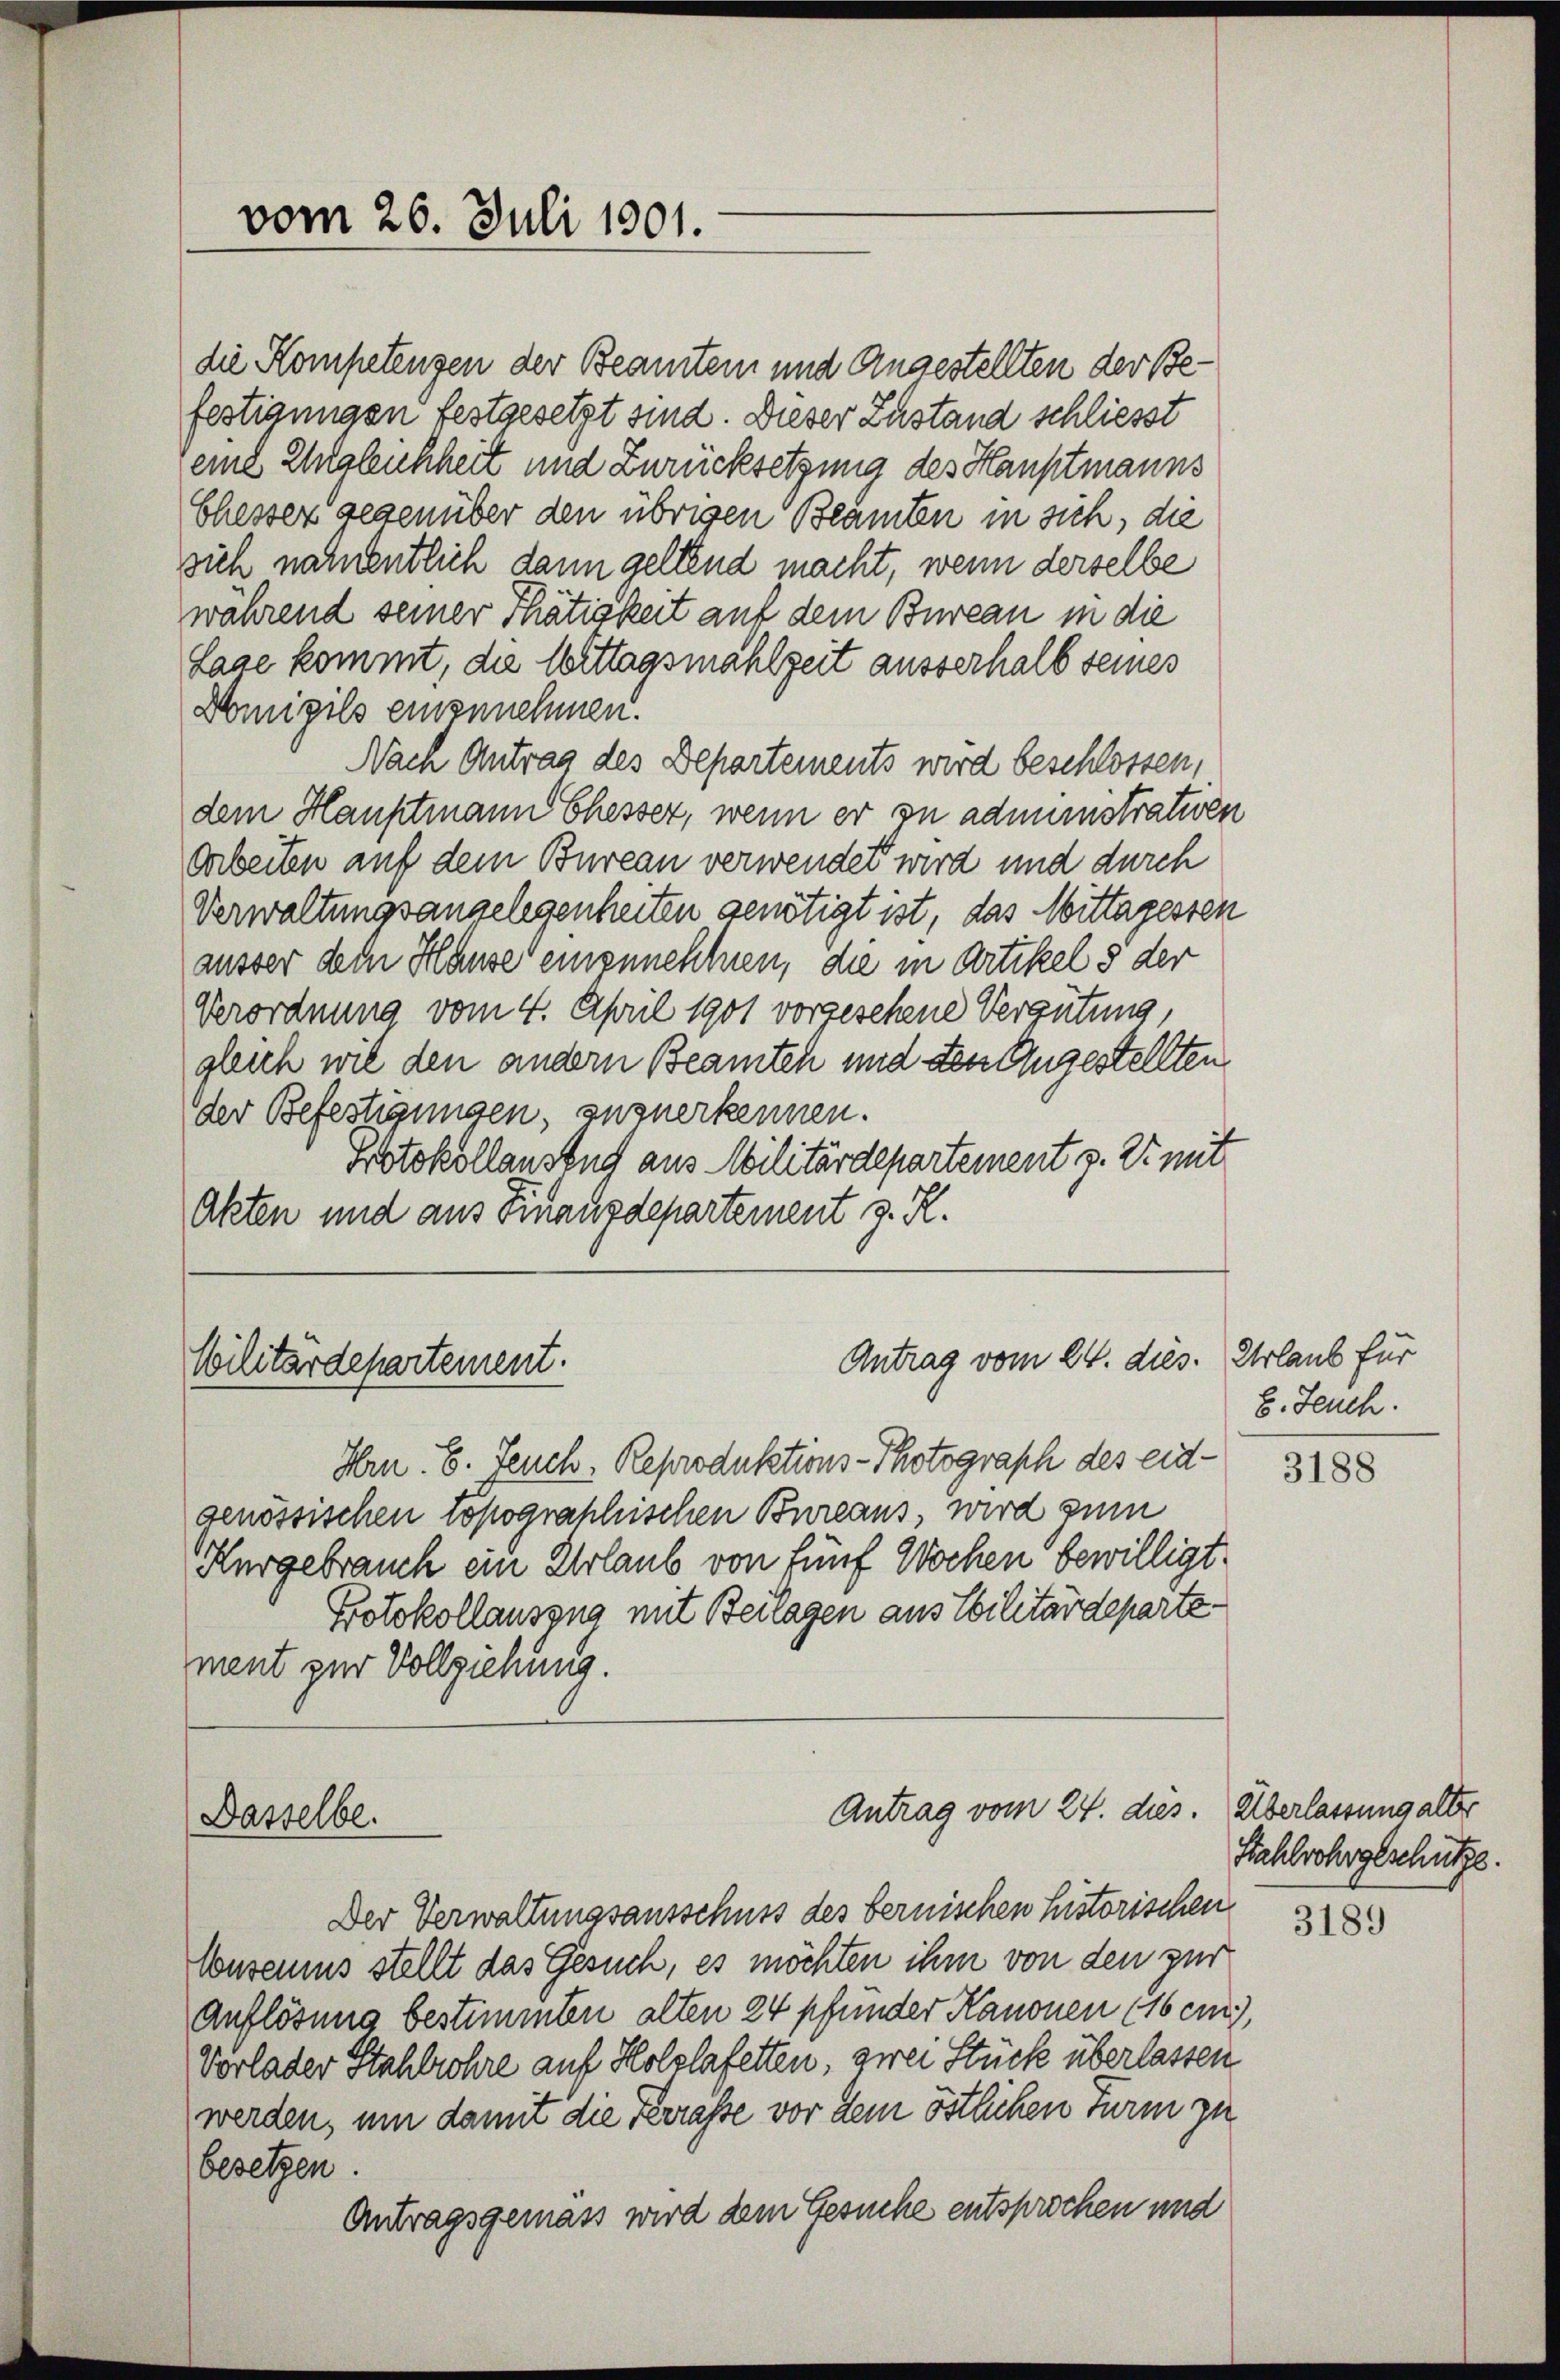
vom 26. Juli 1901.

die Kompetenzen der Beamtein und Angestellten der Befestiannasn festgesetzt sind. Dieser Zustand schliesst
seine Zugleichheit und Zurücksetzung des Hauptmanns
Chesser gegenüber den übrigen Beamten in sich, die
sich nahentlich dann geltend macht, wenn derselbe
während seiner Thätigkeit auf dem Bureau in die
Lage kommt, die Wittagsmahlzeit ausserhalb seines
Domizils einzunehmen.
Nach Antrag des Departements wird beschlossen,
dem Hauptmann Chesser, wenn er zu administrativen
Aarbeiten auf dem Bureau verwendet wird und durch
Verwaltungsangelegenheiten genötigt ist, das Mittagessen
ausser dem Hause einzunehlnen, die in Artikel 5 der
Verordnung vom 4. April 1901 vorgesehene Vergütung,
gleich wil den andern Beamten und den Augestellten
der Befestigungen, zuzuerkennen.
Protokollauszug aus Militärdepartement z. Er mit
Akten und aus Finanzdepartement z. R.

Militärdepartement.

Hrn. 6. Feuch, Reproduktions-Photograph des eidgenössischen topographischen Bureaus wird zum
Kurgebrauch ein Urlaub von fünf Wochen bewilligt.
Protokollauszug mit Beilagen aus Ebilitärdeparte.
ment zur Vollziehung.

Dasselbe.

Antrag vom 24. dies. Urlaub für

besetzen.

Der Verwaltungsausschuss des bernischen historischen
Consemus stellt das Gesuch, es möchten ihm von den zur
Auflösung bestimmten alten 24 pfunder Kanonen (16 ei
Vorlader Stuhlrohre auf Holzlafetten, zwei Stück überlassen
werden, um damit die Ferrasse vor dem östlichen Turm zu
Antragsgemäss wird dem Gesuche entsprochen und

Antrag vom 24. dies. Überlassung aller

b. Jeuch.

3188

Fahlsohngeschütze.

3189